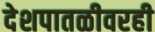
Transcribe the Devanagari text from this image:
देशपातळीवरही